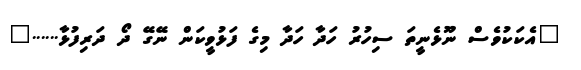
"އެކަކުވެސް ނޫޅެނީތަ ސިހުރު ހަދާ ހަދާ މިގެ ފަޅުވީކަން ނޭގޭ ދޯ ދަރިފުޅާ......"